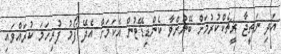
އަދި ނަތީޖާ ރީޗެކްކުރުމަށް ބޭނުންވާ ކެންޑިޑޭޓުން އެކަމަށް އެދޭ ފޯމު ފުރިހަމަ ކުރައްވައި